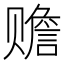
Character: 赡